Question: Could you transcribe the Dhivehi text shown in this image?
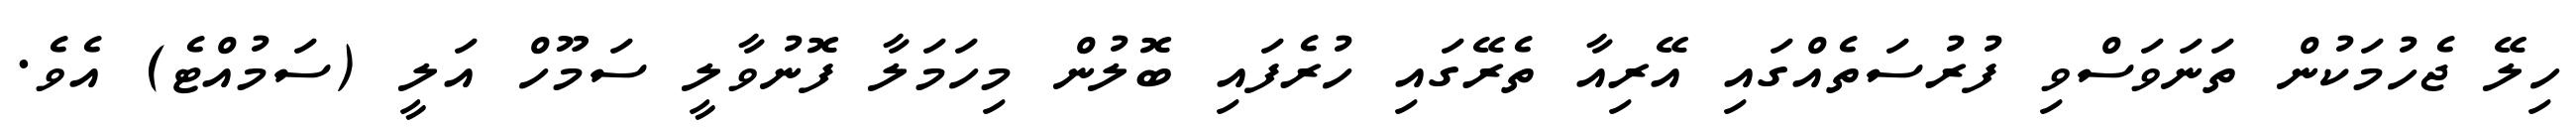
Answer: ހިލޭ ޖެހުމަކުން ތަނަވަސްވި ފުރުސަތެއްގައި އޭރިއާ ތެރޭގައި ހުރެފައި ބޮލުން މިހަމަލާ ފޮނުވާލީ ސަމޫހް އަލީ (ސަމުއްޓެ) އެވެ.